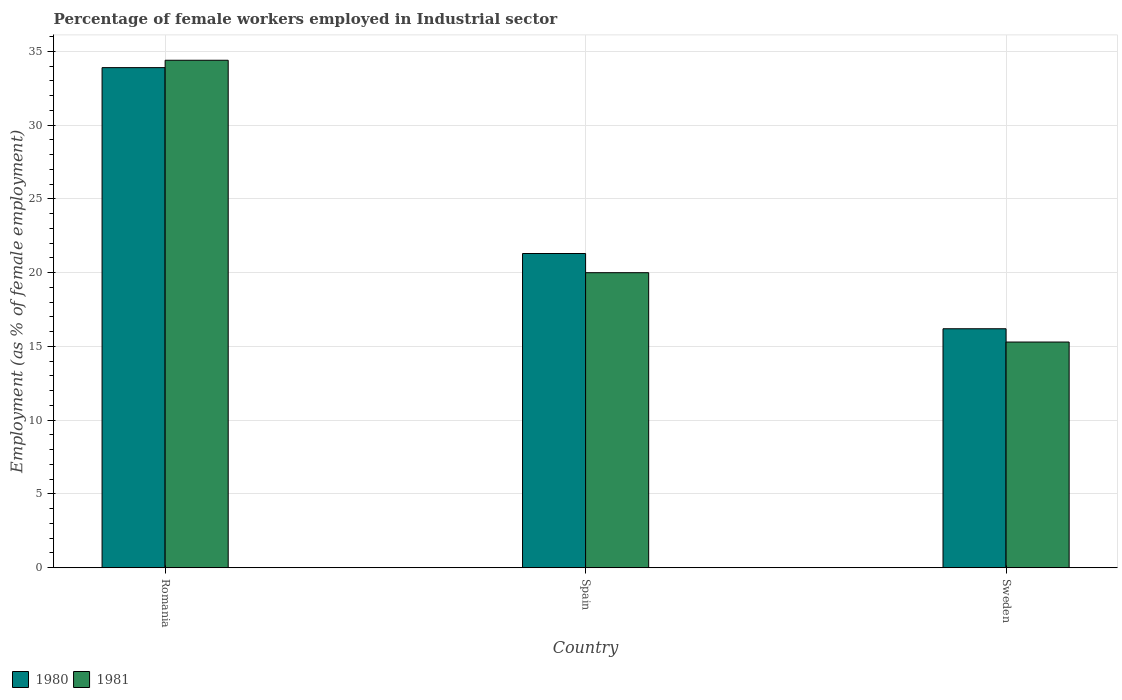
| Country | 1980 | 1981 |
 | --- | --- | --- |
 | Romania | 33.9 | 34.4 |
 | Spain | 21.3 | 20 |
 | Sweden | 16.2 | 15.3 |